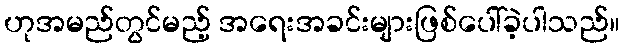
ဟုအမည်တွင်မည့် အရေးအခင်းများဖြစ်ပေါ်ခဲ့ပါသည်။